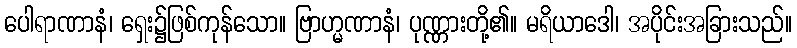
ပေါရာဏာနံ၊ ရှေး၌ဖြစ်ကုန်သော။ ဗြာဟ္မဏာနံ၊ ပုဏ္ဏားတို့၏။ မရိယာဒေါ၊ အပိုင်းအခြားသည်။